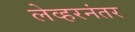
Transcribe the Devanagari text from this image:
लेव्हरनंतर